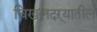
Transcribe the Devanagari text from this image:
चिखलदऱ्यातील